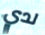
لدي